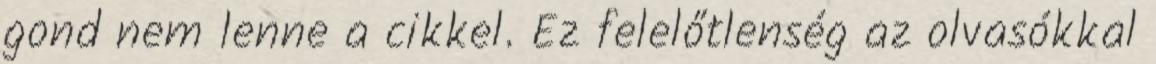
gond nem lenne a cikkel. Ez felelőtlenség az olvasókkal